Mental hospitals Bombay report 1929-33 - 1929-1933
Year: 1929
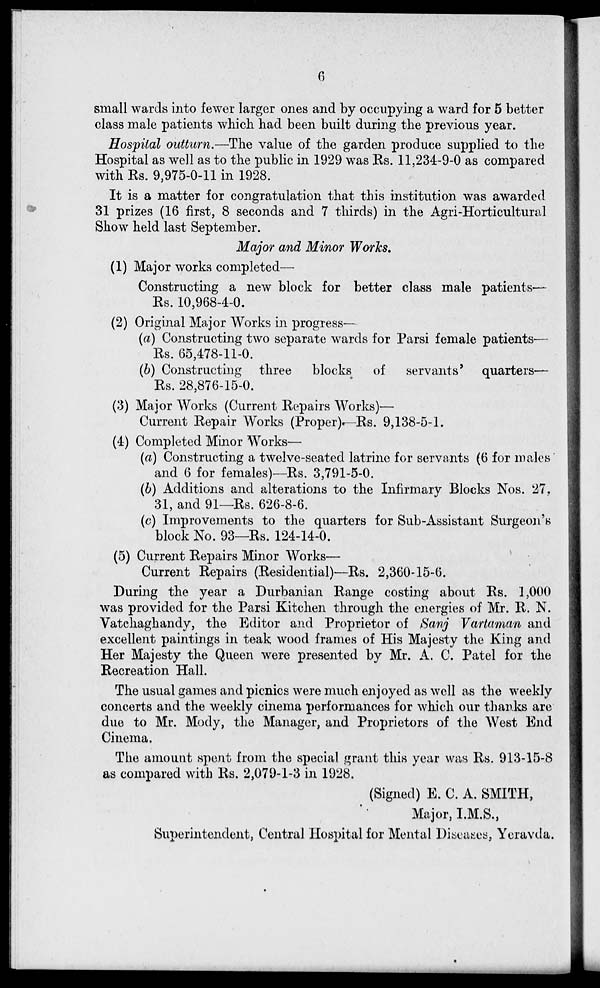
6
small wards into fewer larger ones and by occupying a ward for 5 better
class male patients which had been built during the previous year.
Hospital outturn.—The value of the garden produce supplied to the
Hospital as well as to the public in 1929 was Rs. 11,234-9-0 as compared
with Rs. 9,975-0-11 in 1928.
It is a matter for congratulation that this institution was awarded
31 prizes (16 first, 8 seconds and 7 thirds) in the Agri-Horticultural
Show held last September.
Major and Minor Works.
(1) Major works completed—
Constructing a new block for better class male patients—
Rs. 10,968-4-0.
(2) Original Major Works in progress—
(a) Constructing two separate wards for Parsi female patients—
Rs. 65,478-11-0.
(b) Constructing three blocks
of servants' quarters—
Rs. 28,876-15-0.
(3) Major Works (Current Repairs Works)—
Current Repair Works (Proper)—Rs. 9,138-5-1.
(4) Completed Minor Works—
(a) Constructing a twelve-seated latrine for servants (6 for males
and 6 for females)—Rs. 3,791-5-0.
(b) Additions and alterations to the Infirmary Blocks Nos. 27,
31, and 91—Rs. 626-8-6.
(c) Improvements to the quarters for Sub-Assistant Surgeon's
block No. 93—Rs. 124-14-0.
(5) Current Repairs Minor Works—
Current Repairs (Residential)—Rs. 2,360-15-6.
During the year a Durbanian Range costing about Rs. 1,000
was provided for the Parsi Kitchen through the energies of Mr. R. N.
Vatchaghandy, the Editor and Proprietor of Sanj Vartaman and
excellent paintings in teak wood frames of His Majesty the King and
Her Majesty the Queen were presented by Mr. A. C. Patel for the
Recreation Hall.
The usual games and picnics were much enjoyed as well as the weekly
concerts and the weekly cinema performances for which our thanks are
due to Mr. Mody, the Manager, and Proprietors of the West End
Cinema.
The amount spent from the special grant this year was Rs. 913-15-8
as compared with Rs. 2,079-1-3 in 1928.
(Signed) E. C. A. SMITH,
Major, I.M.S.,
Superintendent, Central Hospital for Mental Diseases, Yeravda.